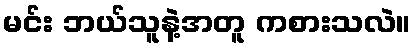
မင်း ဘယ်သူနဲ့အတူ ကစားသလဲ။